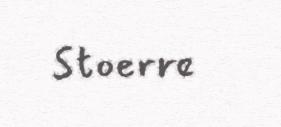
Stoerre